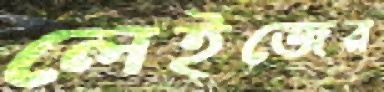
লেইজের